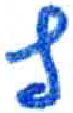
אות: ץ